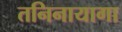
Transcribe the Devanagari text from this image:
तनिनायागा